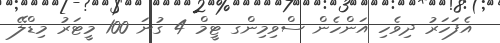
އެފަހަރު ދިވެހި އަންހެން ސްވިމިންގ ޓީމް 4 ގުނަ 100 މީޓަރު މިޑްލޭ